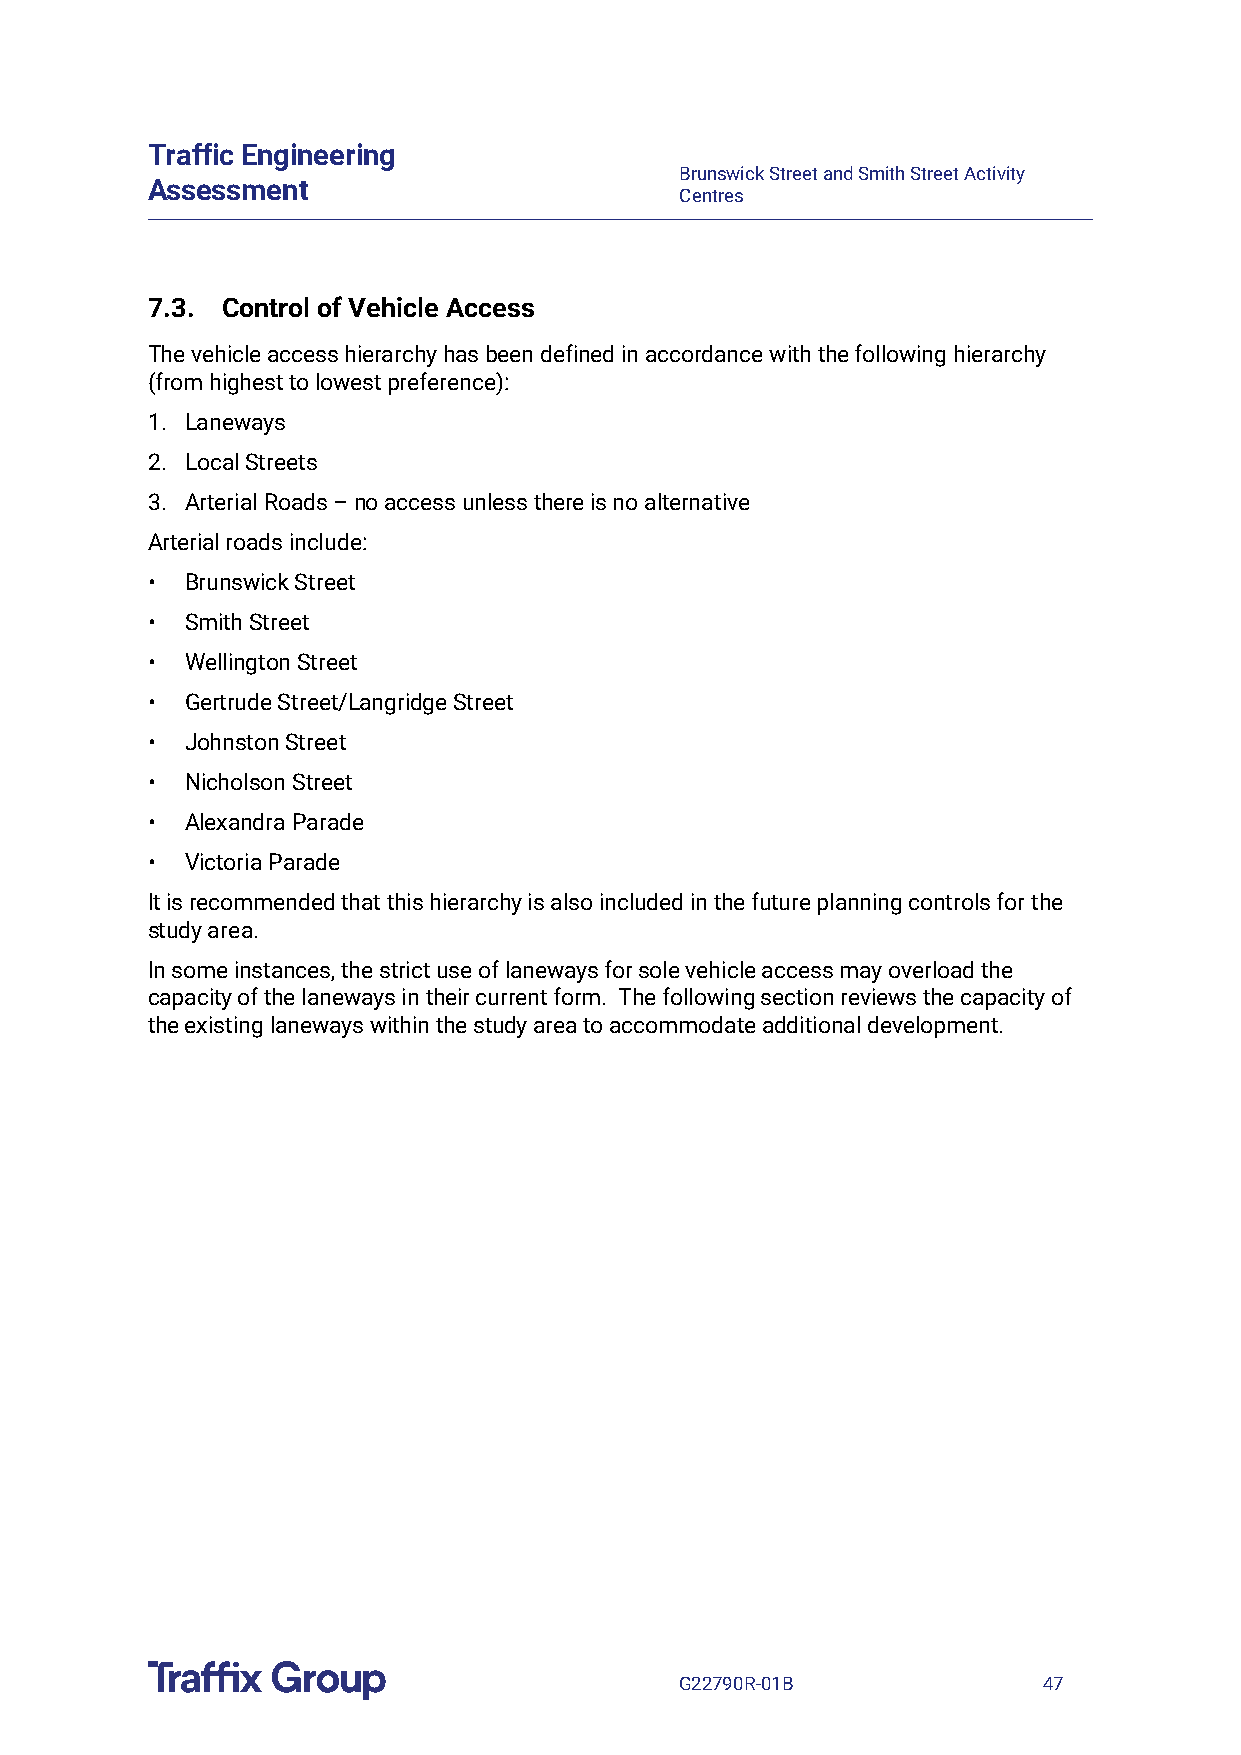
Traffic Engineering
 Brunswick Street and Smith Street Activity
 Assessment
 Centres
 7.3. Control of Vehicle Access
 The vehicle access hierarchy has been defined in accordance with the following hierarchy
 (from highest to lowest preference):
 1. Laneways
 2. Local Streets
 3. Arterial Roads – no access unless there is no alternative
 Arterial roads include:
 • Brunswick Street
 • Smith Street
 • Wellington Street
 • Gertrude Street/Langridge Street
 • Johnston Street
 • Nicholson Street
 • Alexandra Parade
 • Victoria Parade
 It is recommended that this hierarchy is also included in the future planning controls for the
 study area.
 In some instances, the strict use of laneways for sole vehicle access may overload the
 capacity of the laneways in their current form. The following section reviews the capacity of
 the existing laneways within the study area to accommodate additional development.
 G22790R-01B             47